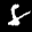
Label: 8